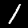
Digit: 1